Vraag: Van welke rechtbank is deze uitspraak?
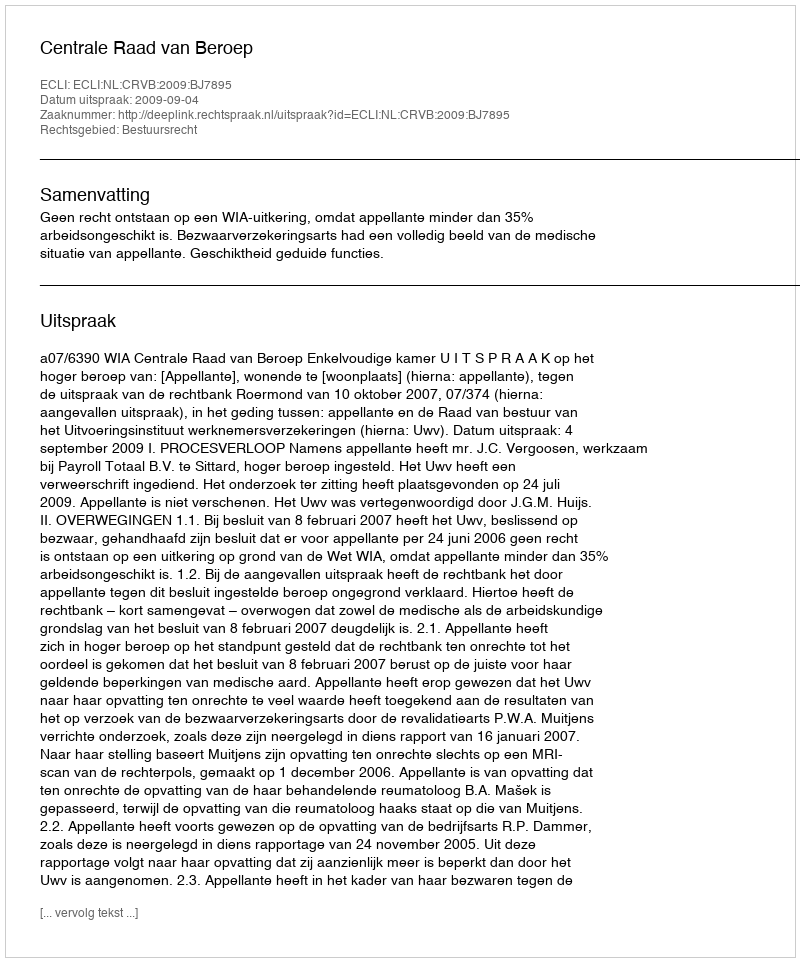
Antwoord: Centrale Raad van Beroep